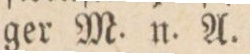
ger M. n. A.